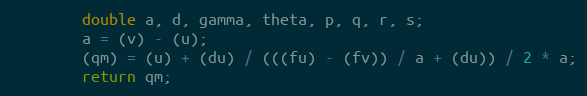
Language: Java
        double a, d, gamma, theta, p, q, r, s;
        a = (v) - (u);
        (qm) = (u) + (du) / (((fu) - (fv)) / a + (du)) / 2 * a;
        return qm;